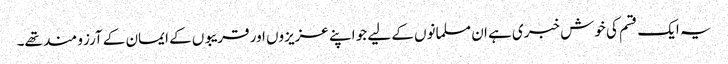
یہ ایک قسم کی خوش خبری ہے ان مسلمانوں کے لیے جو اپنے عزیزوں اور قریبوں کے ایمان کے آرزو مند تھے۔